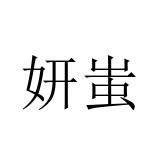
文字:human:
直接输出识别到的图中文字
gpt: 妍蚩